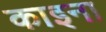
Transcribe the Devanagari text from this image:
काइना